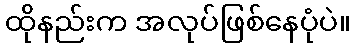
ထိုနည်းက အလုပ်ဖြစ်နေပုံပဲ။